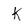
Character: K